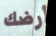
أرضك